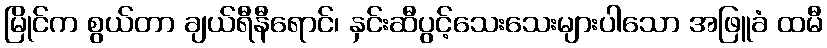
မြိုင်က စွယ်တာ ချယ်ရီနီရောင်၊ နှင်းဆီပွင့်သေးသေးများပါသော အဖြူခံ ထမီ